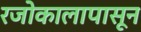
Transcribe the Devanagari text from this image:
रजोकालापासून